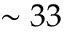
\sim 3 3